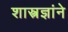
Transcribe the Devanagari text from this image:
शास्त्रज्ञांने